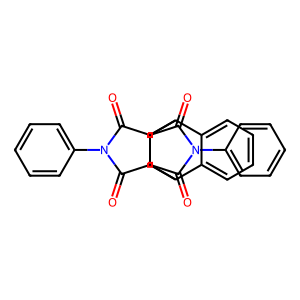
SMILES: O=C1C2C(C(=O)N1c1ccccc1)C1c3ccccc3C2C2C(=O)N(c3ccccc3)C(=O)C21
Inhibits HIV replication: No